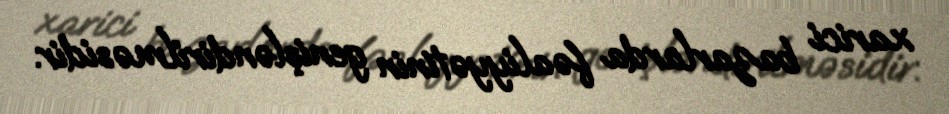
xarici bazarlarda fəaliyyətinin genişləndirilməsidir.